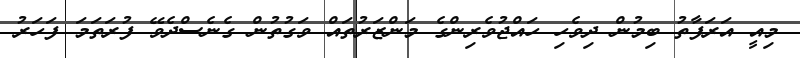
މިއީ އަރަފާތު ބިމުން ދިވެހި ހައްޖުވެރިންގެ މަންޒަރުތައް ވަގުތުން ގެނެސްދެވޭ ފުރަތަމަ ފަހަރު